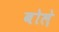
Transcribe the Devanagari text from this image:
बोले़